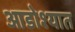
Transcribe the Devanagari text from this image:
आडोश्यात